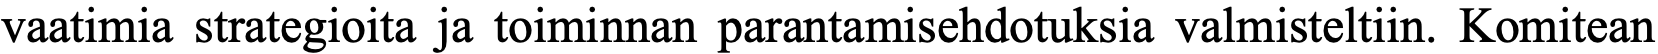
vaatimia strategioita ja toiminnan parantamisehdotuksia valmisteltiin. Komitean